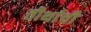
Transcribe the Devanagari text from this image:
तीर्थाची